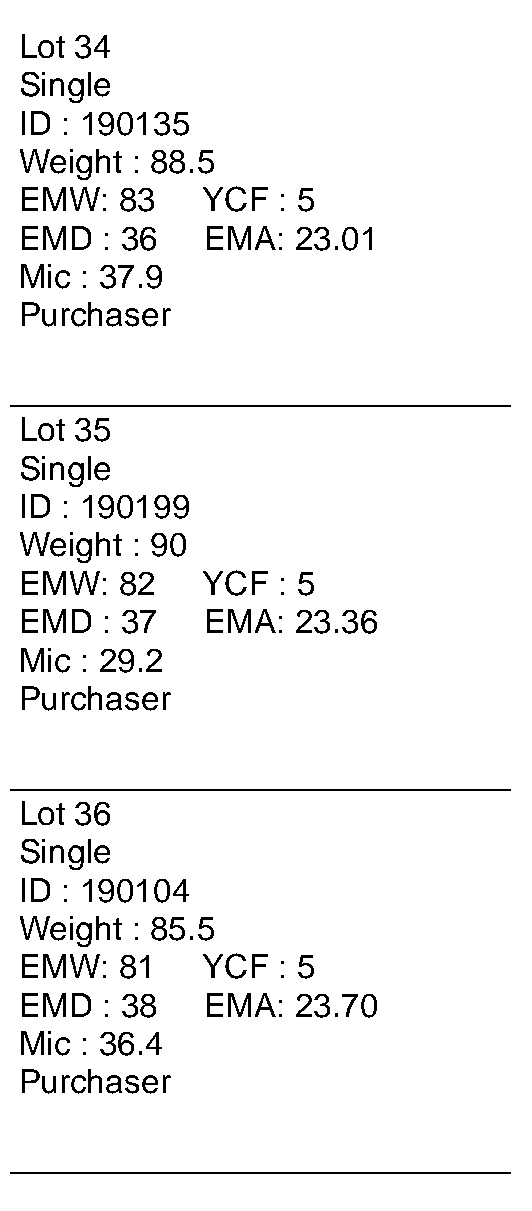
Lot 34
 Single
 ID : 190135
 Weight  : 88.5
 EMW:   83   YCF  : 5
 EMD   : 36  EMA:   23.01
 Mic : 37.9
 Purchaser
 ___________________________
 Lot 35
 Single
 ID : 190199
 Weight  : 90
 EMW:   82   YCF  : 5
 EMD   : 37  EMA:   23.36
 Mic : 29.2
 Purchaser
 ___________________________
 Lot 36
 Single
 ID : 190104
 Weight  : 85.5
 EMW:   81   YCF  : 5
 EMD   : 38  EMA:   23.70
 Mic : 36.4
 Purchaser
 ___________________________